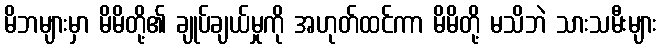
မိဘများမှာ မိမိတို့၏ ချုပ်ချယ်မှုကို အဟုတ်ထင်ကာ မိမိတို့ မသိဘဲ သားသမီးများ